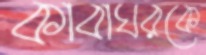
কাবাঘরকে